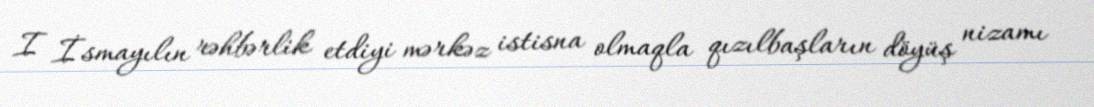
I İsmayılın rəhbərlik etdiyi mərkəz istisna olmaqla qızılbaşların döyüş nizamı